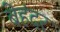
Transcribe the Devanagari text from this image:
बेहंदर